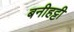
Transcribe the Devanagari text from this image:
बनीहट्टी